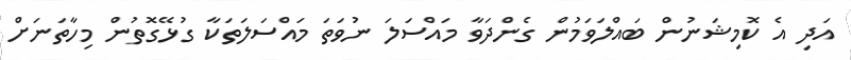
އަދި އެ ކޮމިޝަނުން ބައްލަވަމުން ގެންދަވާ މައްސަލަ ނުވަތަ މައްސަލަތަކާ ގުޅޭގޮތުން މިހާތަނަށް